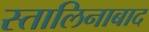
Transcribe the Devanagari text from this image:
स्तालिनाबाद